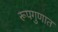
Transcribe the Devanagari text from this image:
रूपगुणात